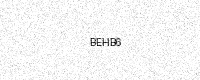
Text: BEHB6